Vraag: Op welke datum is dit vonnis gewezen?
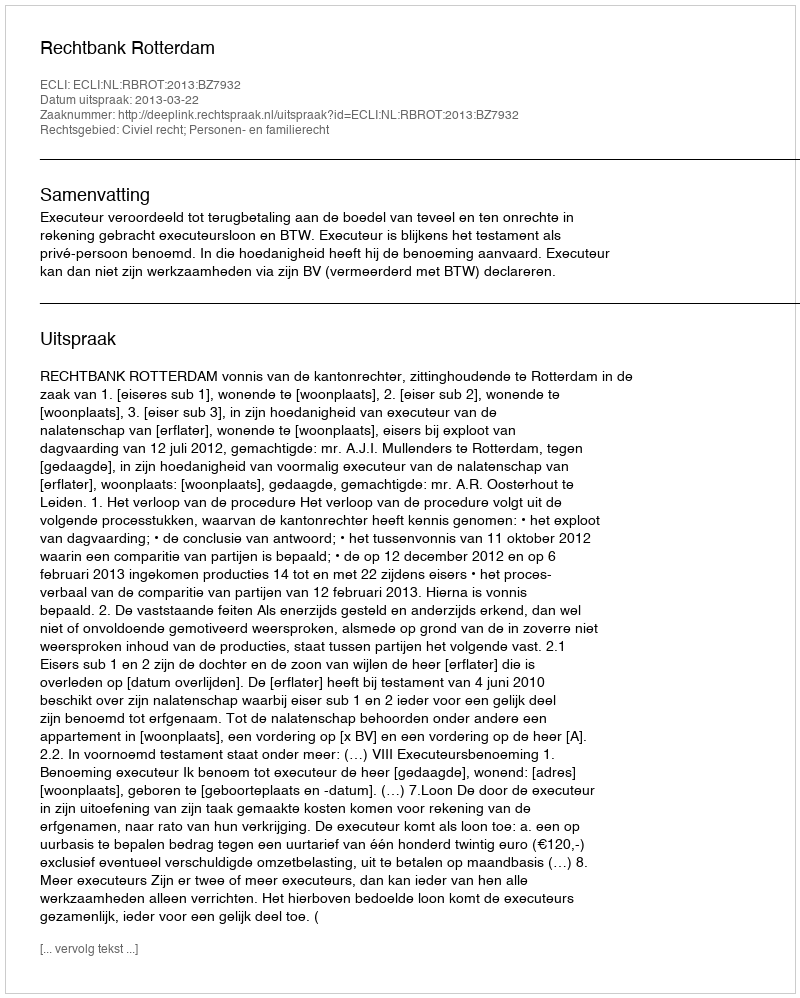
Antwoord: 2013-03-22